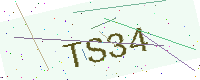
Text: TS34